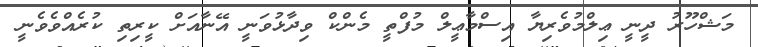
މަޝްހޫރު ދީނީ ޢިލްމުވެރިޔާ އިސްމާޢީލް މުފްތީ މެންކް ވިދާޅުވަނީ އޭނާއަށް ކީރިތި ކުރެއްވެވެނީ